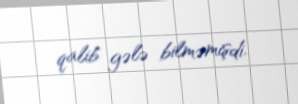
qalib gələ bilməmişdi.